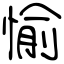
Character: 愉